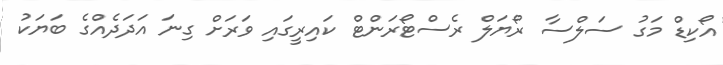
އޯކިޑް މަގު ސަލްސާ ރޯޔަލް ރެސްޓޯރަންޓް ކައިރީގައި ވަރަށް ގިނަ އަދަދެއްގެ ބަޔަކު